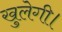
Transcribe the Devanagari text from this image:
खुलेगी।